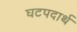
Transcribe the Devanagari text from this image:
घटपदार्थ